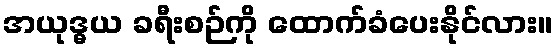
အယုဒ္ဓယ ခရီးစဉ်ကို ထောက်ခံပေးနိုင်လား။